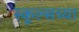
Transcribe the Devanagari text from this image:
स्कूल्सच्या